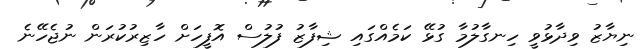
ނިޔާޒު ވިދާޅުވީ ހިނގާލުމާ ގުޅޭ ކަމެއްގައި ޝިފާޒު ފުލުސް އޮފީހަށް ހާޒިރުކުރަން ނުޖެހޭނެ